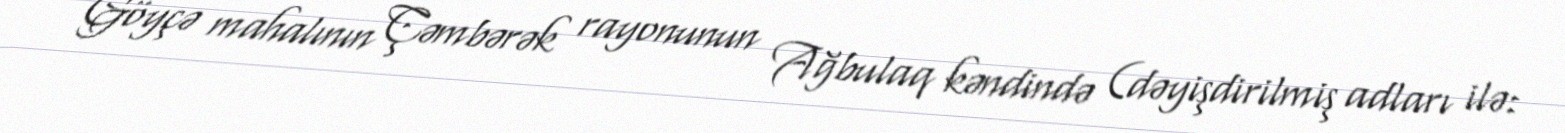
Göyçə mahalının Çəmbərək rayonunun Ağbulaq kəndində (dəyişdirilmiş adları ilə: